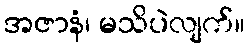
အဇာနံ၊ မသိပဲလျက်။